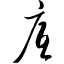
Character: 底